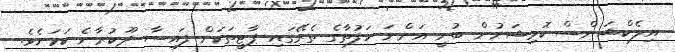
އިލެކްޝަންސް ކޮމިޝަނުން ބުނީ އަންނަ ހަފުތާގެ ތެރޭގައި ޕާޓީތަކަށް ފައިސާ ދޫކުރާނެ ކަމަށެވެ.